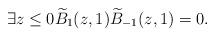
LaTeX: \begin{align*} \exists z\leq0 \widetilde{B}_{1}(z,1) \widetilde{B}_{-1}(z,1)=0.\end{align*}